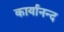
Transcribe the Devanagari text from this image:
कार्यानन्द